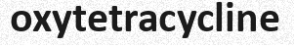
oxytetracycline